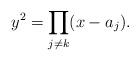
LaTeX: \begin{align*}y^2 = \prod_{j \neq k} (x-a_j).\end{align*}